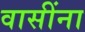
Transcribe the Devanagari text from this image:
वासींना